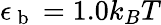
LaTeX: \epsilon_{\mathrm{~b~}}=1.0k_{B}T